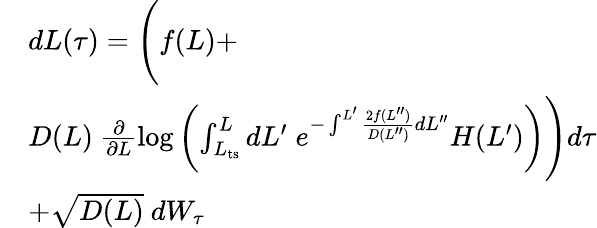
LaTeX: \begin{array}{rl}&{dL(\tau)=\Bigg(f(L)+}\\ &{D(L)\ \frac{\partial}{\partial L}\log\left(\int_{L_{\mathrm{ts}}}^{L}dL^{\prime}\; e^{-\int^{L^{\prime}}\frac{2f(L^{\prime\prime})}{D(L^{\prime\prime})}dL^{\prime\prime}}H(L^{\prime})\right)\Bigg)d\tau}\\ &{+\sqrt{D(L)}\ dW_{\tau}}\end{array}